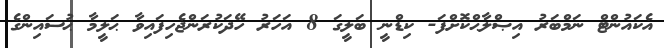
އެކައުންޓް ނަމްބަރު އިޞްލާޙްކޮށްފަ- ކިޑްނީ ބަލީގަ 8 އަހަރު ހޭދަކުރަންޖެހިފައިވާ ޙަލީމާ ޙުސައިންގެ